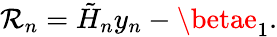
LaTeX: \mathcal{R}_{n}={\tilde{{H}}}_{n}y_{n}-\betae_{1}.